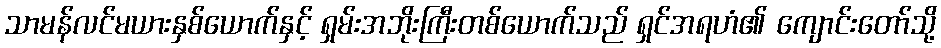
သာမန်လင်မယားနှစ်ယောက်နှင့် ရှမ်းအဘိုးကြီးတစ်ယောက်သည် ရှင်အရဟံ၏ ကျောင်းတော်သို့